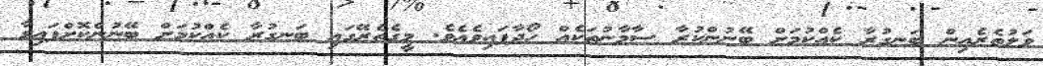
ވަލުތެރެއިން ބަނގުރާ ކެއްކުމަށް ބޭނުންކުރާ ސާމާނުތަކެއް ހޯދާފައިވެއެވެ. މީގެތެރޭގައި ބަނގުރާ ކެއްކުމަށް ބޭނުންކޮށްފައިވާ